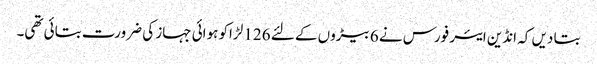
بتا دیں کہ انڈین ایئر فورس نے 6 بیڑوں کے لئے 126 لڑاکو ہوائی جہاز کی ضرورت بتائی تھی۔